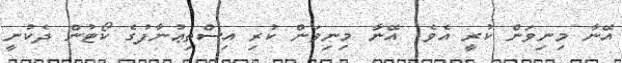
އޭނާ މިނިވަން ކުރީ އެވެ. އޭނާ މިނިވަން ކުރި އިސްތިޢުނާފުގެ ކޯޓުން ދެކުނީ